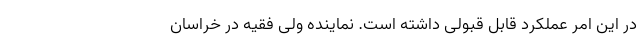
در این امر عملکرد قابل قبولی داشته است. نماینده ولی فقیه در خراسان